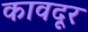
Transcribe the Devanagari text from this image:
कावदूर